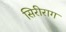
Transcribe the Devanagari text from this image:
सिरीराग